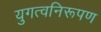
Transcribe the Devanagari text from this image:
युगत्वनिरूपण